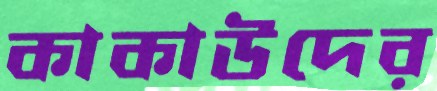
কাকাউদের